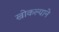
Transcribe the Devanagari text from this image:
खोकल्याने